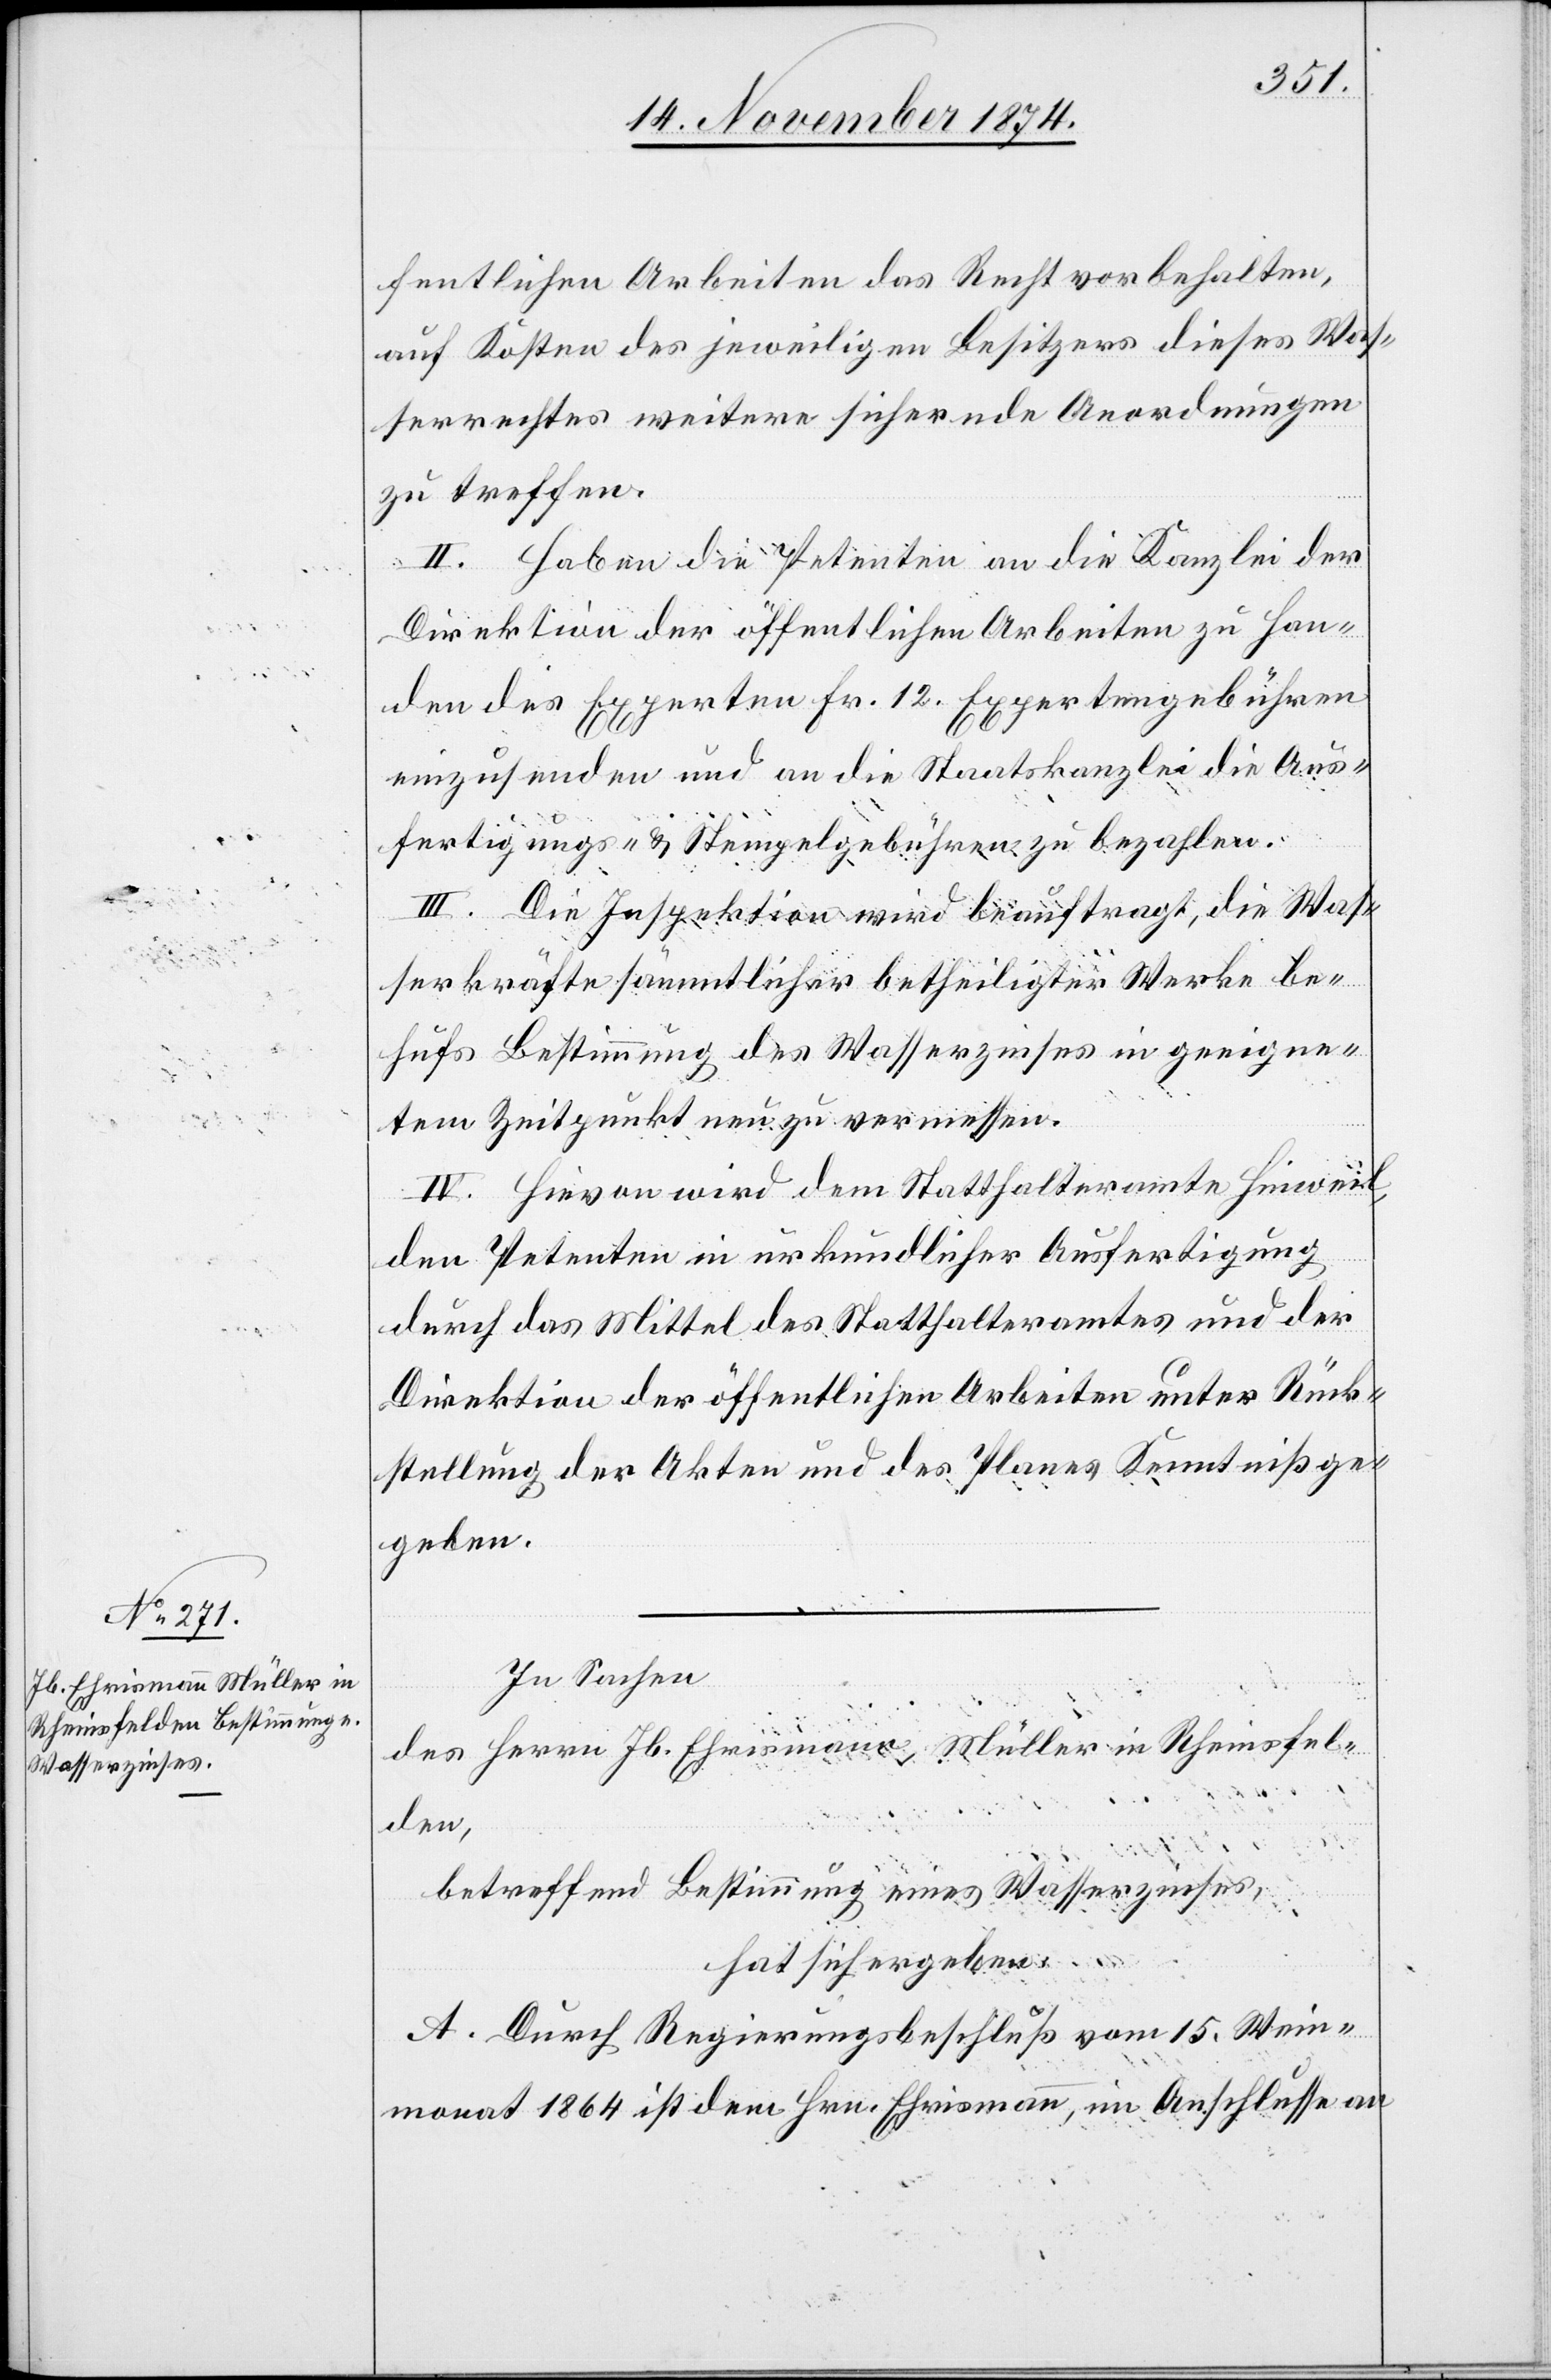
fentlichen Arbeiten das Recht vorbehalten,
auf Kosten des jeweiligen Besitzers dieses Was¬
serrechtes weitere sichernde Anordnungen
zu treffen.
II. Haben die Petenten an die Kanzlei der
Direktion der öffentlichen Arbeiten zu Han¬
den des Experten Fr. 12 Expertengebühren
einzusenden und an die Staatskanzlei die Aus¬
fertigungs- & Stempelgebühren zu bezahlen.
III. Die Inspektion wird beauftragt, die Was¬
serkräfte sämmtlicher betheiligter Werke be¬
hufs Bestimmung des Wasserzinses in geeigne¬
tem Zeitpunkt neu zu vermessen.
IV. Hievon wird dem Statthalteramte Hinweil,
den Petenten in urkundlicher Ausfertigung
durch das Mittel des Statthalteramtes und der
Direktion der öffentlichen Arbeiten unter Rück¬
stellung der Akten und des Planes Kenntniß ge¬
In Sachen
des Herrn Jb. Ehrismann, Müller in Rheinfel¬
den,
betreffend Bestimmung eines Wasserzinses,
hat sich ergeben:
A. Durch Regierungsbeschluß vom 15. Wein¬
monat 1864 ist dem Hrn. Ehrismann, im Anschlusse an